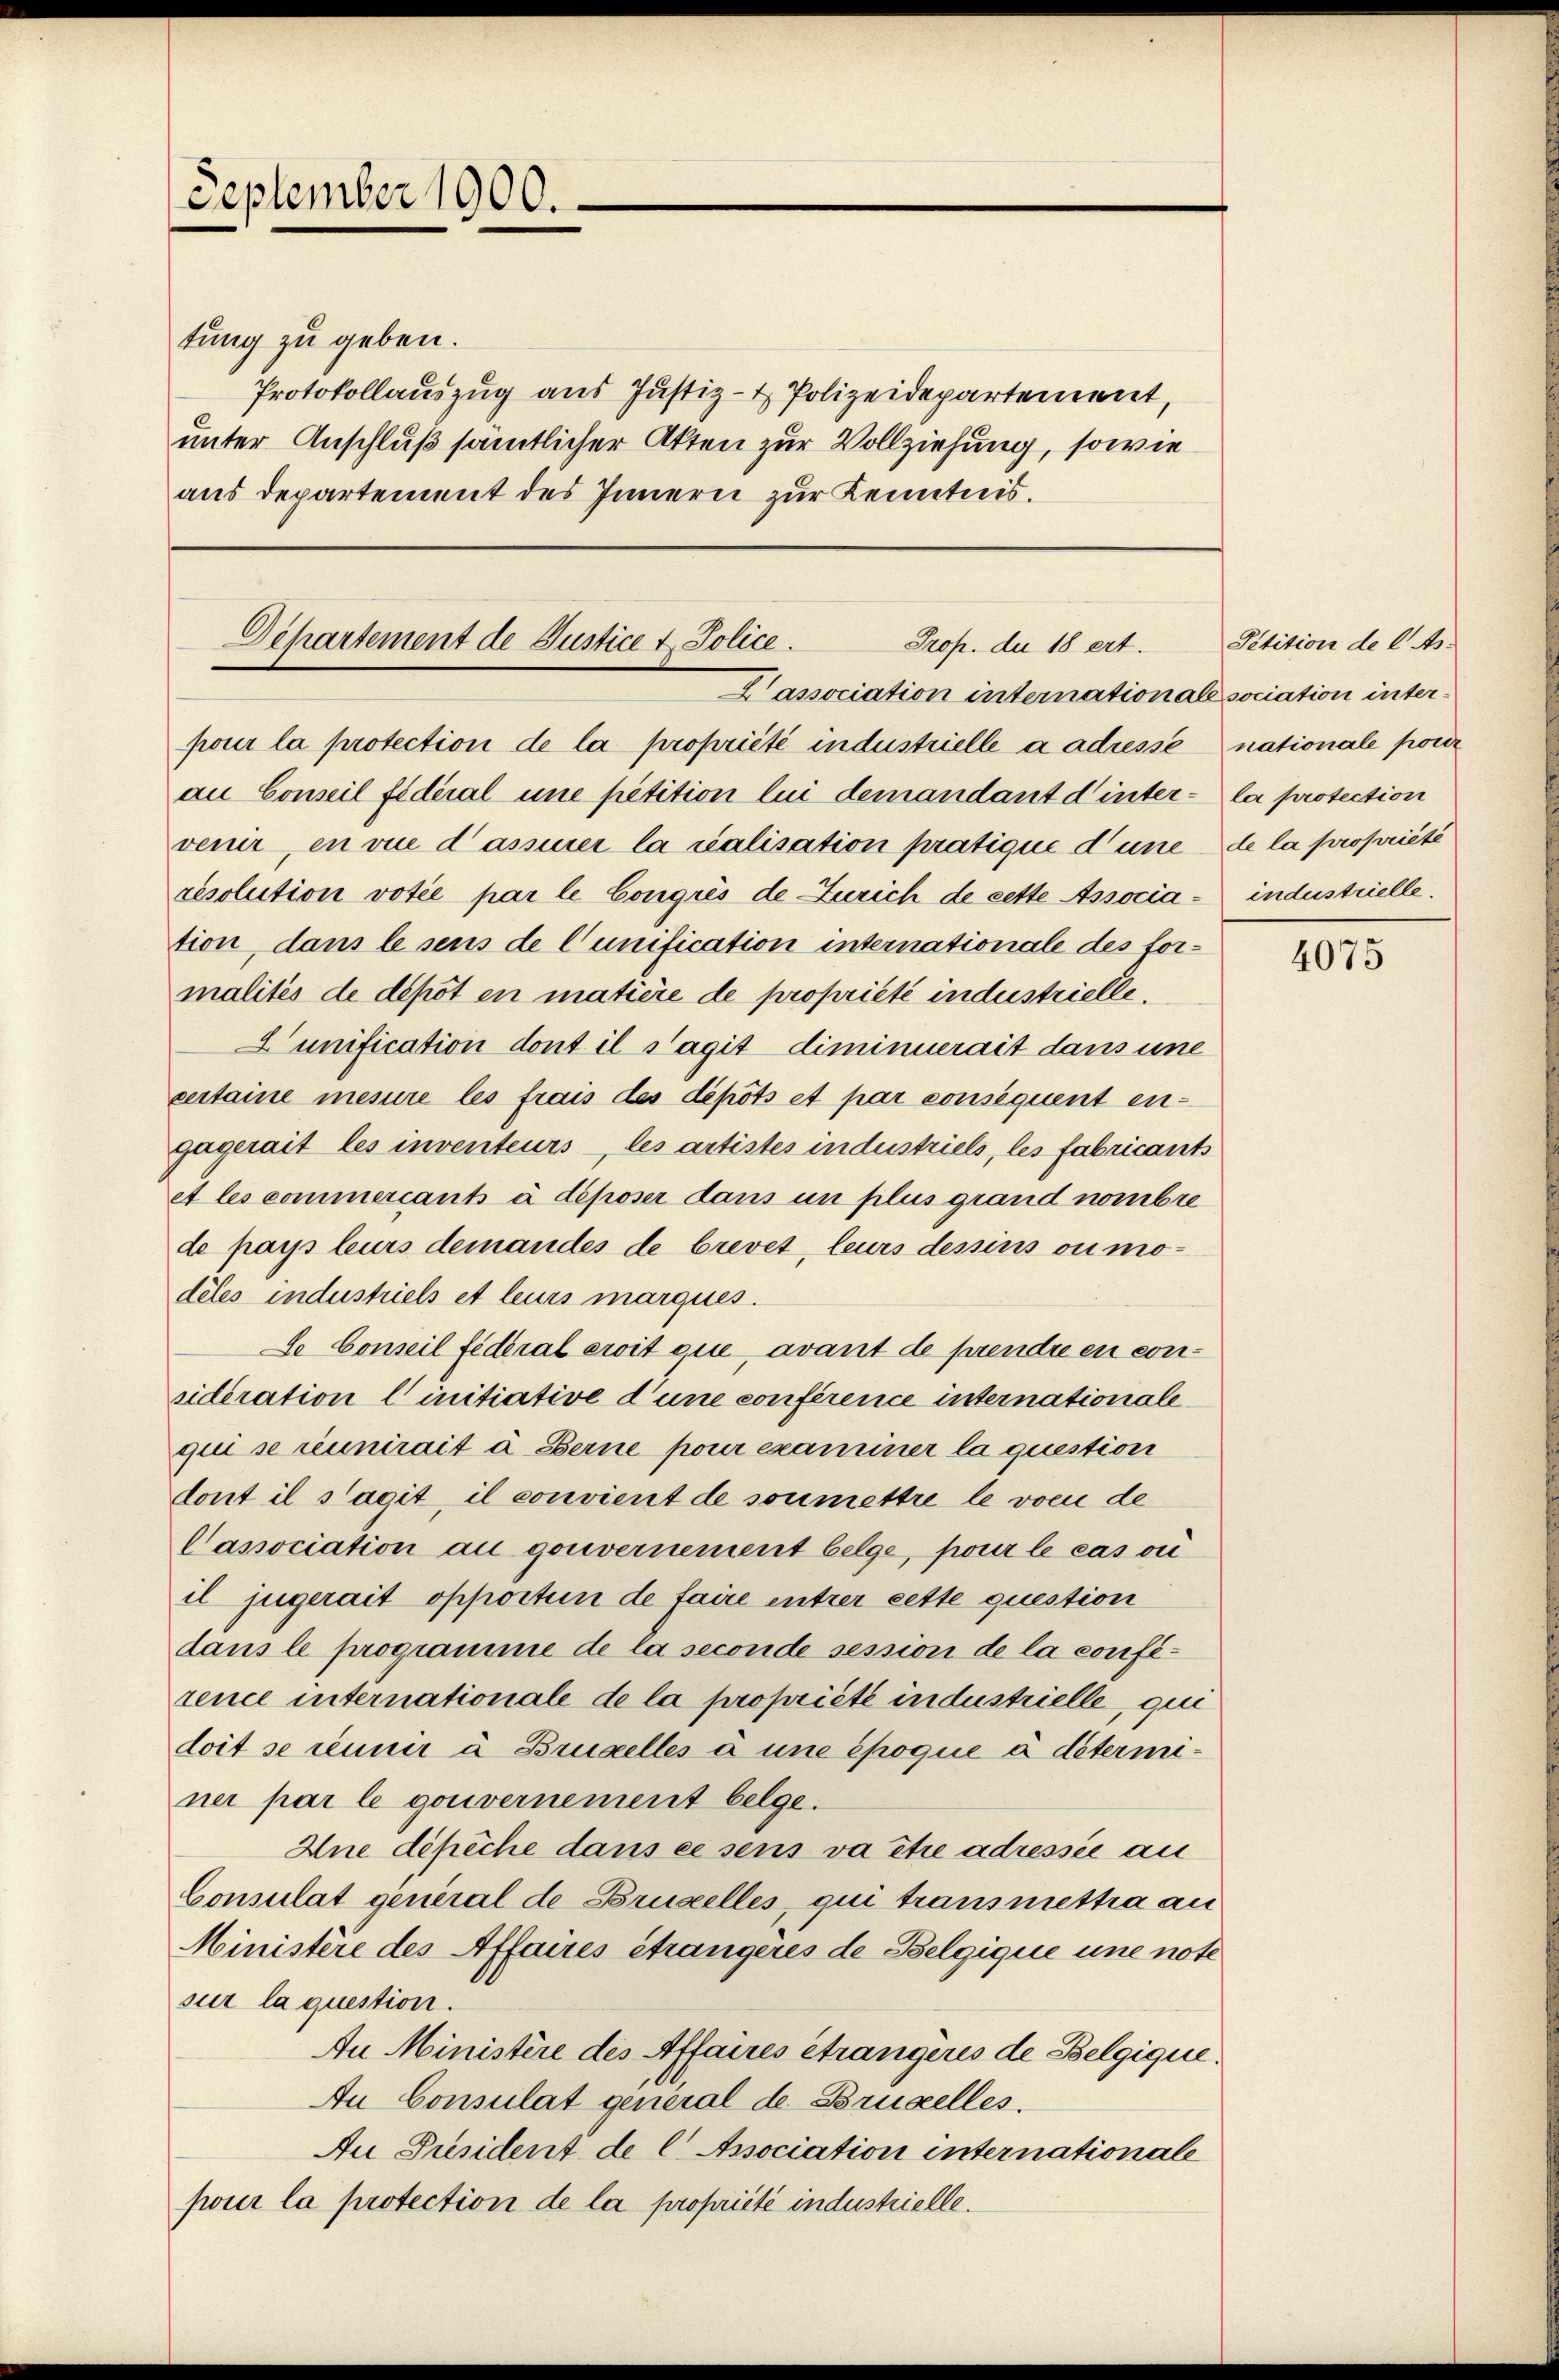
September 1900.

tung zu geben.
Protokollauszug aus Justiz- & Polizeidepartement,
unter Anschluß sämtlicher Akten zur Vollziehung, sowie
aus Departement des Innern zur Kenntnis.

Departement de Justice v. Police.
Prop. du 18 ert
association internationale sociation inter¬

pour la protection de la propriété industrielle a adresse nationale pour
an Conseil fidéral une petition lui demandant d’inter- la protection
venir, en vue d’assurer la valisation pratique d’une de la propriété
resolution votie par le Congres de Zürich de cette Associa- industrielle.
tion, dans le sens de Cunification internationale des formalités de depot en matière de propriété industrielle.
 unification dont il s’agit diminuerait dans une
certaine mesure les frais des depots et par consequent engagerait les inventeurs les artistes industriels, les fabricants
et les commercants à déposer dans un plus grand nombre
de pays leurs demandes de brevet, leurs dessins ou modeles industriels et leurs marques.
De Conseil fédéral erit que avant de prendre en consideration linitiative d’une conférence internationale
qui se réunirait u. Berne pour examiner la question
dont il s’agit, il convient de soumettre le vom de
Passociation au gouvernement belge, pour le cas ou
il jugerait opportun de faire entrer cette question
dans le programme de la seconde session de la confirence internationale de la propriété industrielle, qui
doit se réunir à Brudelles à une époque à déterminer par le gouvernement belge.
Ine dépiche dans ce sens va être adressée au
Consulat general de Brustelles, qui transmettra au
Ministère des Affaires étrangères de Belgique une note
sur la question.
An Ministère des Affaires étrangères de Belgique.
An Consulat general de Bruselles.
An President de l Apociation internationale
pour la protection de la propriété industrielle.

Petition de l As.

4075